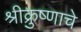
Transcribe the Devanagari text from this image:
श्रीक्रुष्णाचे